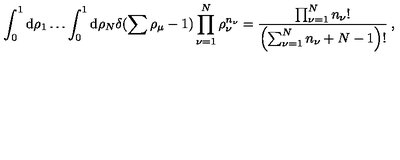
\int _ { 0 } ^ { 1 } \mathrm { d } \rho _ { 1 } \ldots \int _ { 0 } ^ { 1 } \mathrm { d } \rho _ { N } \delta ( \sum \rho _ { \mu } - 1 ) \prod _ { \nu = 1 } ^ { N } \rho _ { \nu } ^ { n _ { \nu } } = \frac { \prod _ { \nu = 1 } ^ { N } n _ { \nu } ! } { \left( \sum _ { \nu = 1 } ^ { N } n _ { \nu } + N - 1 \right) ! } \: ,